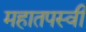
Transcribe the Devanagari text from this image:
महातपस्वी